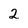
Character: 2